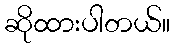
ဆိုထားပါတယ်။